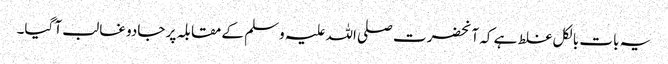
یہ بات بالکل غلط ہے کہ آنحضرت صلی اللہ علیہ وسلم کے مقابلہ پر جادو غالب آ گیا۔